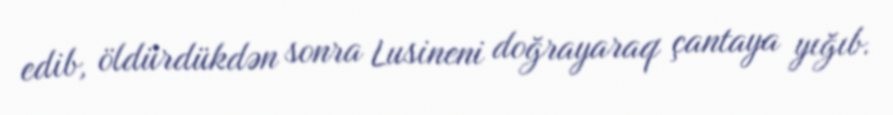
edib, öldürdükdən sonra Lusineni doğrayaraq çantaya yığıb.